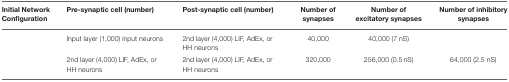
| Initial Network Configuration | Pre-synaptic cell (number) | Post-synaptic cell (number) | Number of synapses | Number of excitatory synapses | Number of inhibitory synapses |
 | --- | --- | --- | --- | --- | --- |
 |  | Input layer (1,000) input neurons | 2nd layer (4,000) LIF, AdEx, or HH neurons | 40,000 | 40,000 (7 nS) |  |
 |  | 2nd layer (4,000) LIF, AdEx, or HH neurons | 2nd layer (4,000) LIF, AdEx, or HH neurons | 320,000 | 256,000 (0.5 nS) | 64,000 (2.5 nS) |